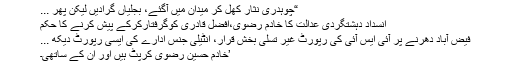
“چوہدری نثار کھل کر میدان میں آگئے، بجلیاں گرادیں لیکن پھر ...
انسداد دہشتگردی عدالت کا خادم رضوی،افضل قادری کوگرفتارکرکے پیش کرنے کا حکم
فیض آباد دھرنے پر آئی ایس آئی کی رپورٹ غیر تسلی بخش قرار، انٹیلی جنس ادارے کی ایسی رپورٹ دیکھ ...
’خادم حسین رضوی کرپٹ ہیں اور ان کے ساتھی۔